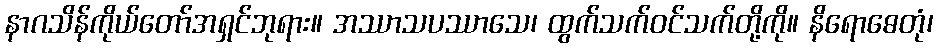
နာဂသိန်ကိုယ်တော်အရှင်ဘုရား။ အဿာသပဿာသေ၊ ထွက်သက်ဝင်သက်တို့ကို။ နိရောဓေတုံ၊